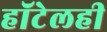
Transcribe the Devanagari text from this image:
हॉटेलही